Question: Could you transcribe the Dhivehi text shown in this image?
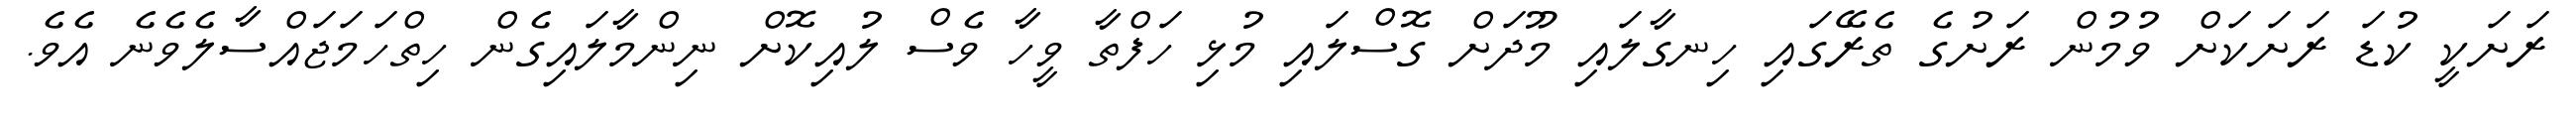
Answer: ރަށަކީ ކުޑަ ރަށަކަށް ވުމުން ރަށުގެ ތެރޭގައި ހިނގާލައި މޫދަށް ގޮސްލައި މުޅި ހަފްތާ ވީހާ ވެސް ލުއިކޮށް ނިންމާލައިގެން ހިތްހަމަޖައްސާލެވެނެ އެވެ.